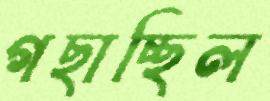
গছাচ্ছিল